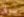
بوق